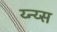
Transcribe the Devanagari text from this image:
य्न्य्स